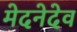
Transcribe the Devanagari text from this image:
मेदनेदेव